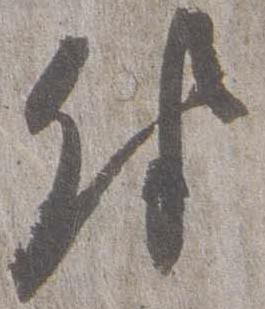
付